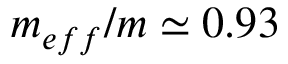
m _ { e f f } / m \simeq 0 . 9 3